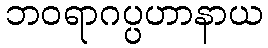
ဘဝရာဂပ္ပဟာနာယ